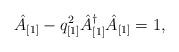
LaTeX: \begin{align*}\hat{A}_{[1]} - q^2_{[1]} \hat{A}^{\dagger}_{[1]} \hat{A}_{[1]} = 1,\end{align*}